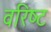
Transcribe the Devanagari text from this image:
वरिष्‍ट